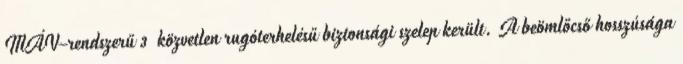
MÁV-rendszerű 3 közvetlen rugóterhelésű biztonsági szelep került. A beömlőcső hosszúsága